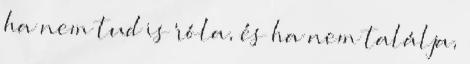
ha nem tud is róla, és ha nem találja,